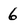
Character: 6